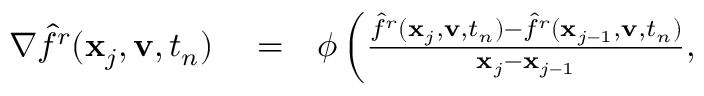
\begin{array} { r l r } { \nabla \hat { f } ^ { r } ( \mathbf x _ { j } , \mathbf v , t _ { n } ) } & { { } = } & { \phi \left( \frac { \hat { f } ^ { r } ( \mathbf x _ { j } , \mathbf v , t _ { n } ) - \hat { f } ^ { r } ( \mathbf x _ { j - 1 } , \mathbf v , t _ { n } ) } { \mathbf x _ { j } - \mathbf x _ { j - 1 } } , \right. } \end{array}